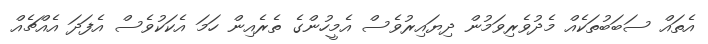
އެތައް ސަބަބުތަކެއް މެދުވެރިވަމުން ދިޔައިރުވެސް އެމީހުންގެ ތެރެއިން ހަމަ އެކަކުވެސް އެފަދަ އެއްޗެއް